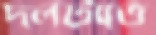
দলটাতে